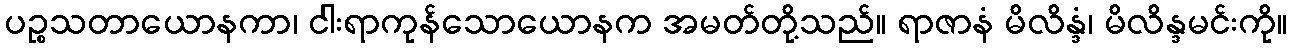
ပဉ္စသတာယောနကာ၊ ငါးရာကုန်သောယောနက အမတ်တို့သည်။ ရာဇာနံ မိလိန္ဒံ၊ မိလိန္ဒမင်းကို။